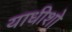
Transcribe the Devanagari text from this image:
याधीशो